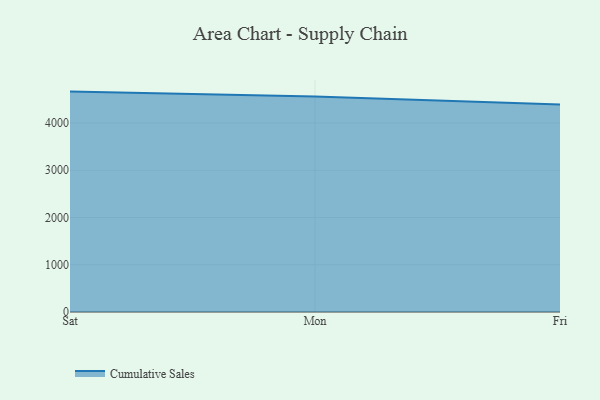
{"axis": {"x": "Day", "y": "Headcount"}, "legend": ["Cumulative Sales"], "data": [{"x": "Sat", "y": 4665.3, "type": "Cumulative Sales"}, {"x": "Mon", "y": 4559.3, "type": "Cumulative Sales"}, {"x": "Fri", "y": 4392.7, "type": "Cumulative Sales"}]}